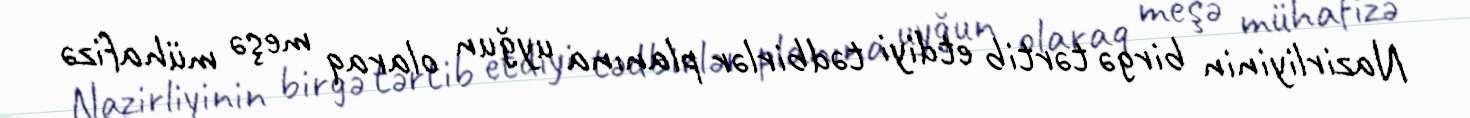
Nazirliyinin birgə tərtib etdiyi tədbirlər planına uyğun olaraq meşə mühafizə